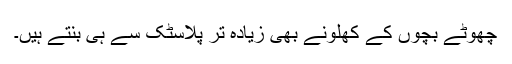
چھوٹے بچوں کے کھلونے بھی زیادہ تر پلاسٹک سے ہی بنتے ہیں۔